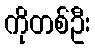
ကိုတစ်ဦး